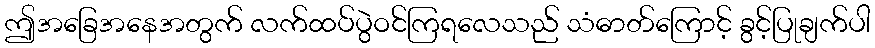
ဤအခြေအနေအတွက် လက်ထပ်ပွဲဝင်ကြရလေသည် သံဓာတ်ကြောင့် ခွင့်ပြုချက်ပါ